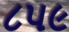
૮૫૯